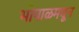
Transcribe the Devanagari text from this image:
भोपाळमधून